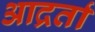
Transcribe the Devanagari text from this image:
आद्रर्ता